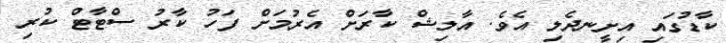
ކާޑުގައި އިށީނދެލި އެވެ. އާލިޝް ކާރަށް އެރުމަށް ފަހު ކާރު ސްޓާޓް ކުރި